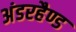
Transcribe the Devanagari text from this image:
अंडरहैण्ड